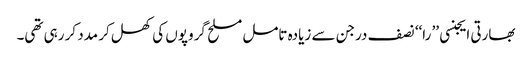
بھارتی ایجنسی ’’ را‘‘ نصف درجن سے زیادہ تامل مسلح گروپوں کی کھل کر مدد کر رہی تھی۔